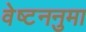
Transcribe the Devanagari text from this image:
वेष्टननुमा